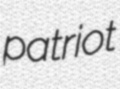
patriot